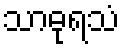
သာဓုရသံ